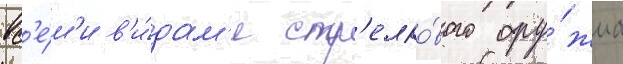
вс'е́м'и в'и́дам'и стр'елко́вого ору́жиа